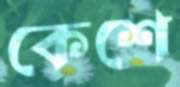
কেশে